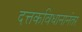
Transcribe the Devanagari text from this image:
दत्तकविधानानंतर